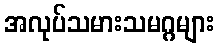
အလုပ်သမားသမဂ္ဂများ